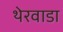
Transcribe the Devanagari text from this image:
थेरवाडा